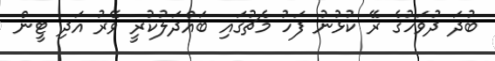
ބުދަ ދުވަހުގެ ރޭ ކުޅުނު ފަހު މެޗުގައި ބައްދަލުކުރީ ވޭރު އަދި ޓީން